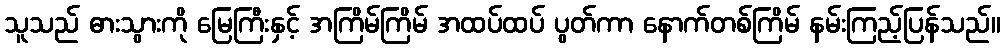
သူသည် ဓားသွားကို မြေကြီးနှင့် အကြိမ်ကြိမ် အထပ်ထပ် ပွတ်ကာ နောက်တစ်ကြိမ် နမ်းကြည့်ပြန်သည်။